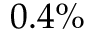
0 . 4 \%